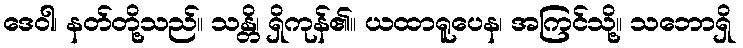
ဒေဝါ၊ နတ်တို့သည်။ သန္တိ၊ ရှိကုန်၏။ ယထာရူပေန၊ အကြင်သို့။ သဘောရှိ